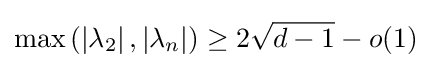
\max \left(\left|\lambda _{2}\right|,\left|\lambda _{n}\right|\right)\geq 2{\sqrt {d-1}}-o(1)